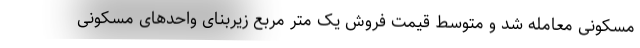
مسکونی معامله شد و متوسط قیمت فروش یک متر مربع زیربنای واحدهای مسکونی